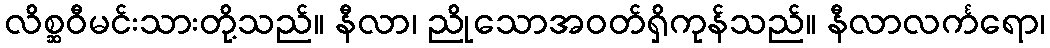
လိစ္ဆဝီမင်းသားတို့သည်။ နီလာ၊ ညိုသောအဝတ်ရှိကုန်သည်။ နီလာလင်္ကရော၊